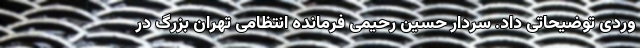
وردی توضیحاتی داد. سردار حسین رحیمی فرمانده انتظامی تهران بزرگ در